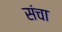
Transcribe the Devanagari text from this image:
संचा